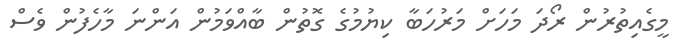
މީގެއިތުރުން ރޯދަ މަހަށް މަރުހަބާ ކިޔުމުގެ ގޮތުން ބާއްވަމުން އަންނަ މާހެފުން ވެސް